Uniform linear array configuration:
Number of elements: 32
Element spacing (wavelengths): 0.75
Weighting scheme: exponential
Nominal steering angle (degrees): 60
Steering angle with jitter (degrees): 61.24
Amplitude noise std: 0.05
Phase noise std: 0.05

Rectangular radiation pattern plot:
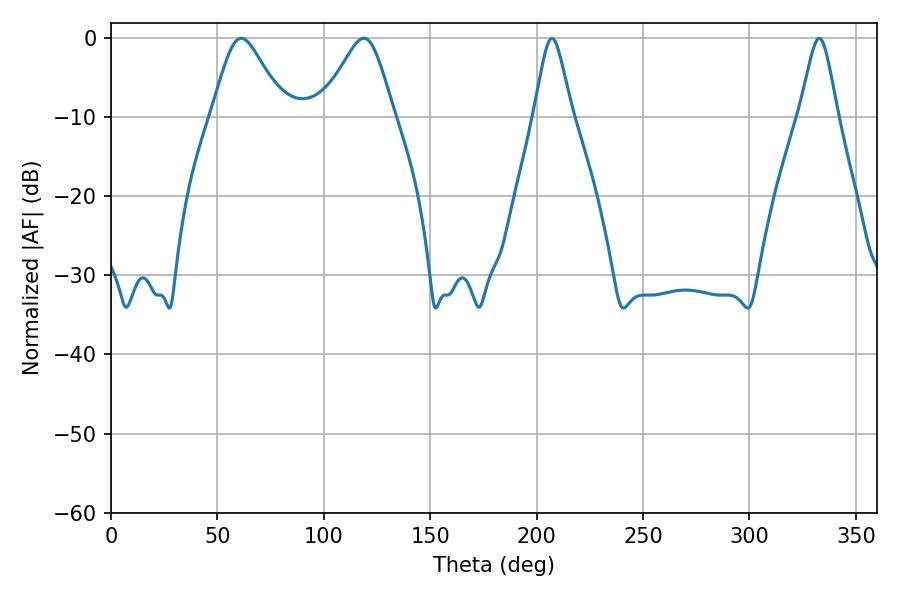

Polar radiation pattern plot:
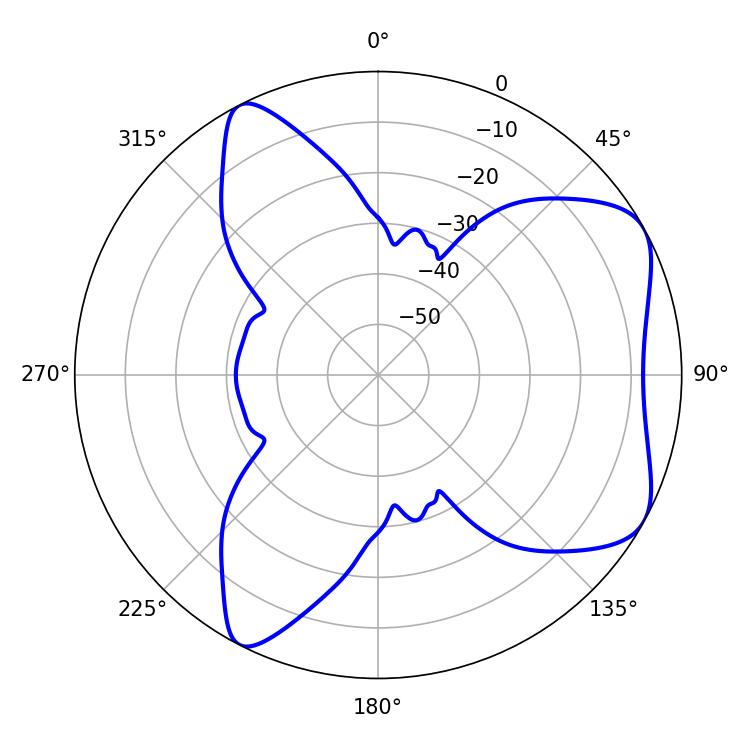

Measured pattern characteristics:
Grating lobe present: TRUE
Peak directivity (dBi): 6.243
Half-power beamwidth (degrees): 16.56
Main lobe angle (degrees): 61.2